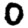
Digit: 0